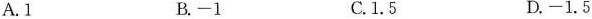
A. 1 B. -1 C. 1.5 D. -1.5